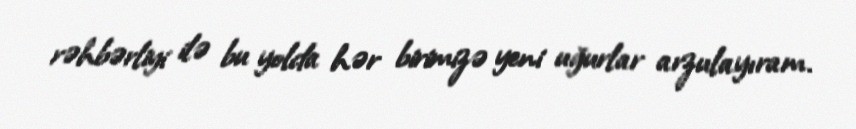
rəhbərliyi ilə bu yolda hər birimizə yeni uğurlar arzulayıram.